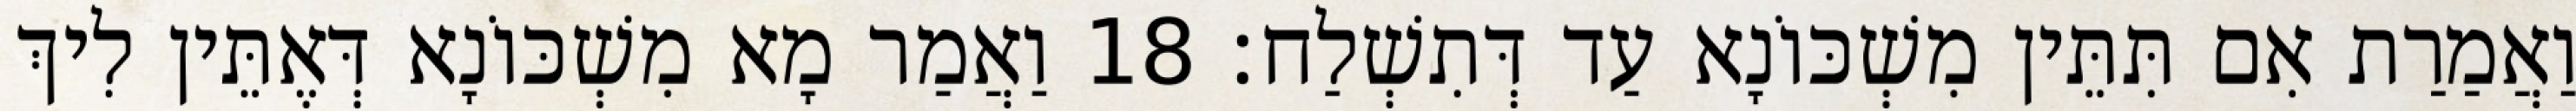
וַאֲמַרַת אִם תִּתֵּין מִשְׁכּוֹנָא עַד דְּתִשְׁלַח׃ 18 וַאֲמַר מָא מִשְׁכּוֹנָא דְּאֶתֵּין לִיךְ